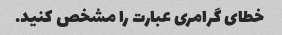
خطای گرامری عبارت را مشخص کنید.